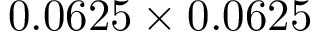
0 . 0 6 2 5 \times 0 . 0 6 2 5